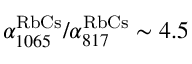
\alpha _ { 1 0 6 5 } ^ { \mathrm { R b C s } } / \alpha _ { 8 1 7 } ^ { \mathrm { R b C s } } \sim 4 . 5